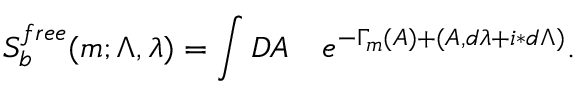
S _ { b } ^ { f r e e } ( m ; \Lambda , \lambda ) = \int { \cal D } A \quad e ^ { - \Gamma _ { m } ( A ) + ( A , d \lambda + i \ast d \Lambda ) } .